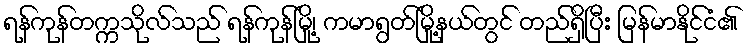
ရန်ကုန်တက္ကသိုလ်သည် ရန်ကုန်မြို့၊ ကမာရွတ်မြို့နယ်တွင် တည်ရှိပြီး မြန်မာနိုင်ငံ၏